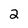
Character: 2